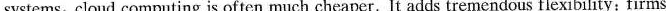
systems, cloud computing is often mueh cheaper.It adds tremendous flexibility: firms